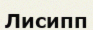
Лисипп